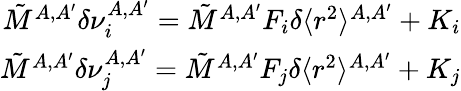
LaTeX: \begin{array}{r}{\tilde{M}^{A,A^{\prime}}\delta\nu_{i}^{A,A^{\prime}}=\tilde{M}^{A,A^{\prime}}F_{i}\delta\langle r^{2}\rangle^{A,A^{\prime}}+K_{i}}\\ {\tilde{M}^{A,A^{\prime}}\delta\nu_{j}^{A,A^{\prime}}=\tilde{M}^{A,A^{\prime}}F_{j}\delta\langle r^{2}\rangle^{A,A^{\prime}}+K_{j}}\end{array}